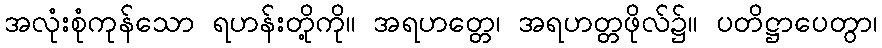
အလုံးစုံကုန်သော ရဟန်းတို့ကို။ အရဟတ္တေ၊ အရဟတ္တဖိုလ်၌။ ပတိဋ္ဌာပေတွာ၊